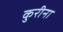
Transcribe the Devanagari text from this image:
कुरीना